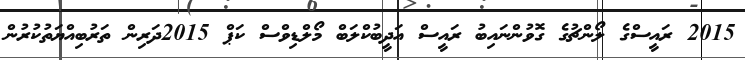
2015 ރައީސްގެ ލޯންޗުގެ ގޮވުންނައިބު ރައީސް އަދީބުކްލަބް މޯލްޑިވްސް ކަޕް 2015ދަރިން ތަރުބިއްޔަތުކުރުން